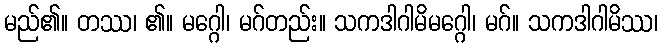
မည်၏။ တဿ၊ ၏။ မဂ္ဂေါ၊ မဂ်တည်း။ သကဒါဂါမိမဂ္ဂေါ၊ မဂ်။ သကဒါဂါမိဿ၊